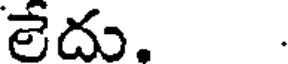
లేదు. .